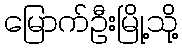
မြောက်ဦးမြို့သို့